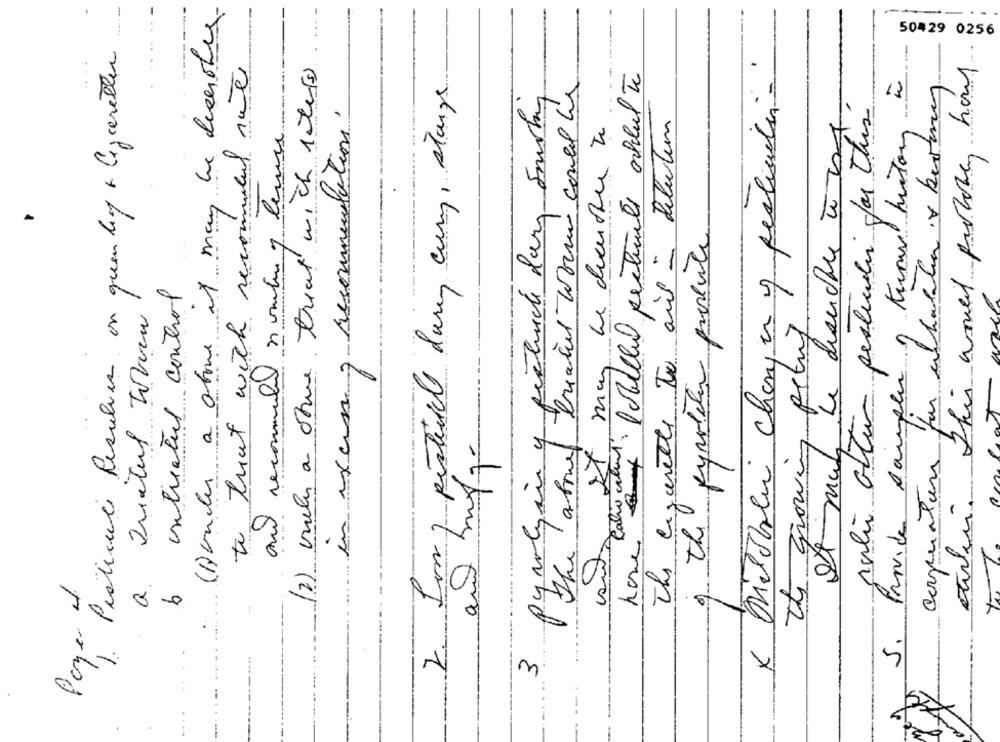
---
(B)under a atome it may be decerthey
.
50429 0256
Payer Particule Resolver on quentef & Cceretter
(2) viele a otwe treat wich 1 tes
Miloblir change y pesticulin-
2. Low, pesticial dury cury, stange
The above breaded worm could his
corporations for whatala x kurmay
pyrolysis y pratiche dar surfing
13
in excu , recommendation.
roli attin pesticiali far this
It may be deenter à
It mal de desuche à ing
and recommule nombre y levure
tu tuut with recoins
of the pypoteter portante
The cigarette to ais -
untreated control
the growing petry
5. Provide sample 1
and mayq
Q.
×
3